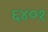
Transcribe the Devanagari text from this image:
६४०१